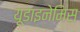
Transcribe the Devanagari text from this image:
यूडाइनेमिस